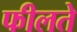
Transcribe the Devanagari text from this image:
फीलते